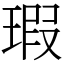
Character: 瑕